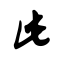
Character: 此